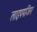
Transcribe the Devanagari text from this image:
लाइपपजिग